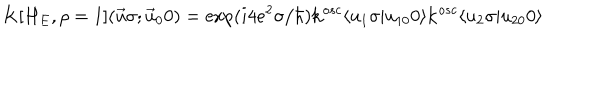
K [ H _ { E } , \rho = 1 ] ( \vec { u } \sigma ; \vec { u } _ { 0 } 0 ) = \exp ( i 4 e ^ { 2 } \sigma / \hbar ) { \bf k } ^ { o s c } \langle u _ { 1 } \sigma \vert u _ { 1 0 } 0 \rangle { \bf k } ^ { o s c } \langle u _ { 2 } \sigma \vert u _ { 2 0 } 0 \rangle